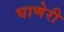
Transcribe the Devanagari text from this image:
घाणेरी